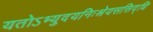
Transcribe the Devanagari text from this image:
यतोऽभ्युदयनिःश्रेयससिद्धि